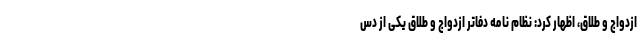
ازدواج و طلاق، اظهار کرد: نظام نامه دفاتر ازدواج و طلاق یکی از دس